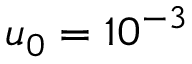
u _ { 0 } = 1 0 ^ { - 3 }